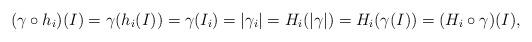
LaTeX: \begin{align*}(\gamma\circ h_i)(I) = \gamma(h_i (I)) = \gamma(I_i) = |\gamma_i| = H_i (|\gamma|) = H_i (\gamma(I)) = (H_i\circ\gamma)(I),\end{align*}